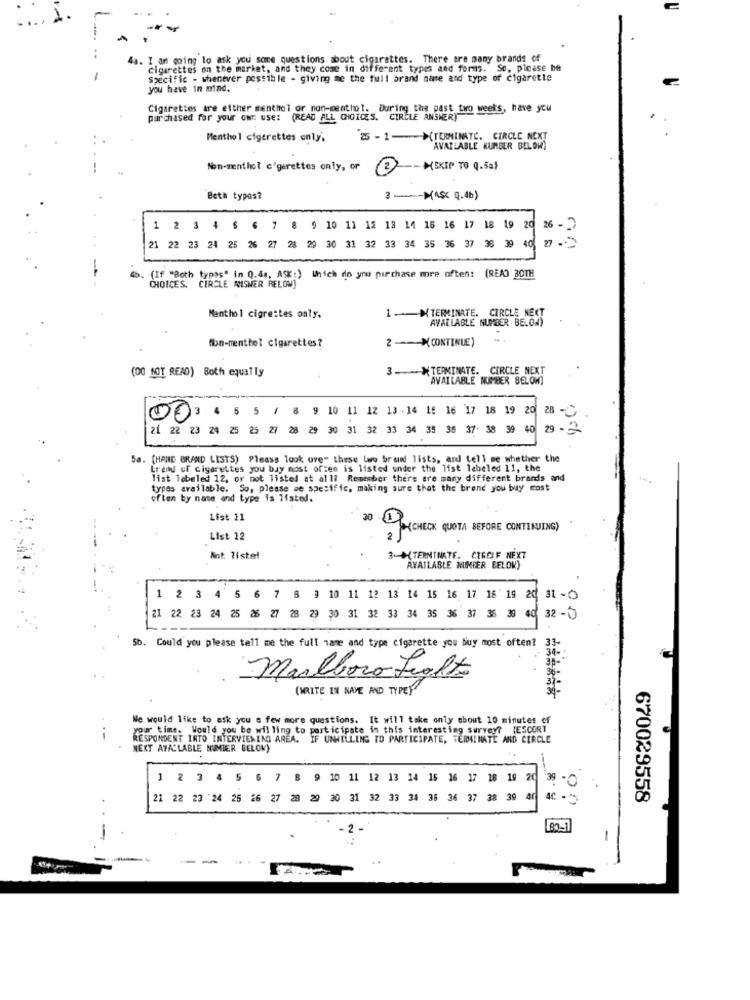
4a. I am going to ask you some questions about cigarettes. There are many brands of
cigarettes on the market, and they come in different types and forms. So, please be
Specific - whenever possible - giving me the full brand name and type of cigarette
you have in mind.
Cigarettes are either menthol or non-centhol. During the past two weeks, have you
purchased for your our use: (READ ALL CHOICES. CIRELE ANSWER)
Menthol cigarettes only,
"25 - 1-(TERMINATE. CIRCLE NEXT
AVAILABLE NUMBER BELOW)
Mon-menthol c'gerettes only, or
-- MSKIP TO Q.5a}
Beth typos?
8 -- (ASC Q.Ab)
1 2 3 4 5 6 7 8 9 10 11 12 18 14 16 16 17 18 19 20 26 -
21 22 23 24 25 26 27 28 29 30 31 32 33 34 35 36 37 38 39 40
0.5
(If "Both types" in Q.4 ., ASK:) Which do you purchase more often: (READ BOTH
CHOICES. CIRCLE ANSWER RELOW)
1 -MTERMINATE. CIRCLE NEXT
Menthol cigrettes only.
AVAILABLE NUMBER BELOW)
2 ---- >CONTINUE)
ton-menttel cigarettes?
(DO NOT READ) Both equally
3-XTERMINATE. CIRCLE NEXT
AVAILABLE NUMBER BELOW)
4 5 5 / 8 9 10 11 12 13 .14 15 16 17 18 19 20
Of3
28 -
21 22 23 24 25 25 27 28 29 30 31 32 33 34 35 36 37 38 39 40
29-3
5a. (HAND BRAND LISTS) Pleass look over these two brand lists, and tell me whether the
Lrend of cigarettes you buy most often is listed under the list labeled 11, the
list labeled 12, or not listed at alli Remember there are many different brands and
types available. So, please se spesific, making sure that the brand you buy most
often by name and type is listed.
List 11
30 M(CHECK QUOTA BEFORE CONTINUING)
List 12
Mnt listel
3 -* (TERMINATE. CIGOF NEXT
AVAILABLE MINDER BELOW)
1 2 3 4 5 6 7 8 3 10 11 12 13 14 15 16 17 16 19 20 31 -
21 22 23 24 25 25 27 28 29 30 31 32 33 34 35 36 37 35 39 40 32 -3
Sb. Could you please tell me the full name and type cigarette you buy most often? 33-
Marlboro Falto
( WRITE IN NAVE AND TYPEY
= = =*****
We would like to ask you a few more questions. It will take only about 10 minutes of
your time. Would you be willing to participate in this interesting survey? (ESCORT
RESPONDENT INTO INTERVIEWING AREA. IF UNWILLING TO PARTICIPATE, TEMDAL MATE AND CERCLE
NEXT AVAILABLE MUMIER BELOW)
1 2 3 4 5 6 7 8 9 10 11 12 13 14 15 16 17 18 19 2
38 .0
21 22 23 24 25 26 27 28 29 20 31 32 33 34 36 36 37 38 39 4
670029558
80-1
-
-